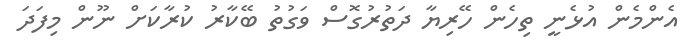
އެންމެން އުޅެނީ ތިހެން ހޭރިޔާ ދަތުރުގޮސް ވަގުތު ބޭކާރު ކުރާކަށް ނޫން މިފަދަ